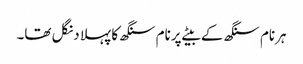
ہرنام سنگھ کے بیٹے پرنام سنگھ کا پہلا دنگل تھا۔